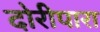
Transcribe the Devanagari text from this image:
दोरीपारा